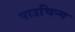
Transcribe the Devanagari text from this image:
पाउचिन्ग